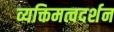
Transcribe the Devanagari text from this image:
व्यक्तिमत्वदर्शन